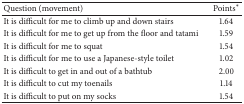
<table><thead><tr><td><b>Question (movement)</b></td><td><b>Points<sup><i>∗</i></sup></b></td></tr></thead><tbody><tr><td>It is difficult for me to climb up and down stairs</td><td>1.64</td></tr><tr><td>It is difficult for me to get up from the floor and tatami</td><td>1.59</td></tr><tr><td>It is difficult for me to squat</td><td>1.54</td></tr><tr><td>It is difficult for me to use a Japanese-style toilet</td><td>1.02</td></tr><tr><td>It is difficult to get in and out of a bathtub</td><td>2.00</td></tr><tr><td>It is difficult to cut my toenails</td><td>1.14</td></tr><tr><td>It is difficult to put on my socks</td><td>1.54</td></tr></tbody></table>